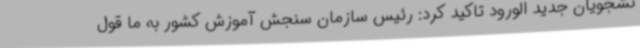
نشجویان جدید الورود تاکید کرد: رئیس سازمان سنجش آموزش کشور به ما قول